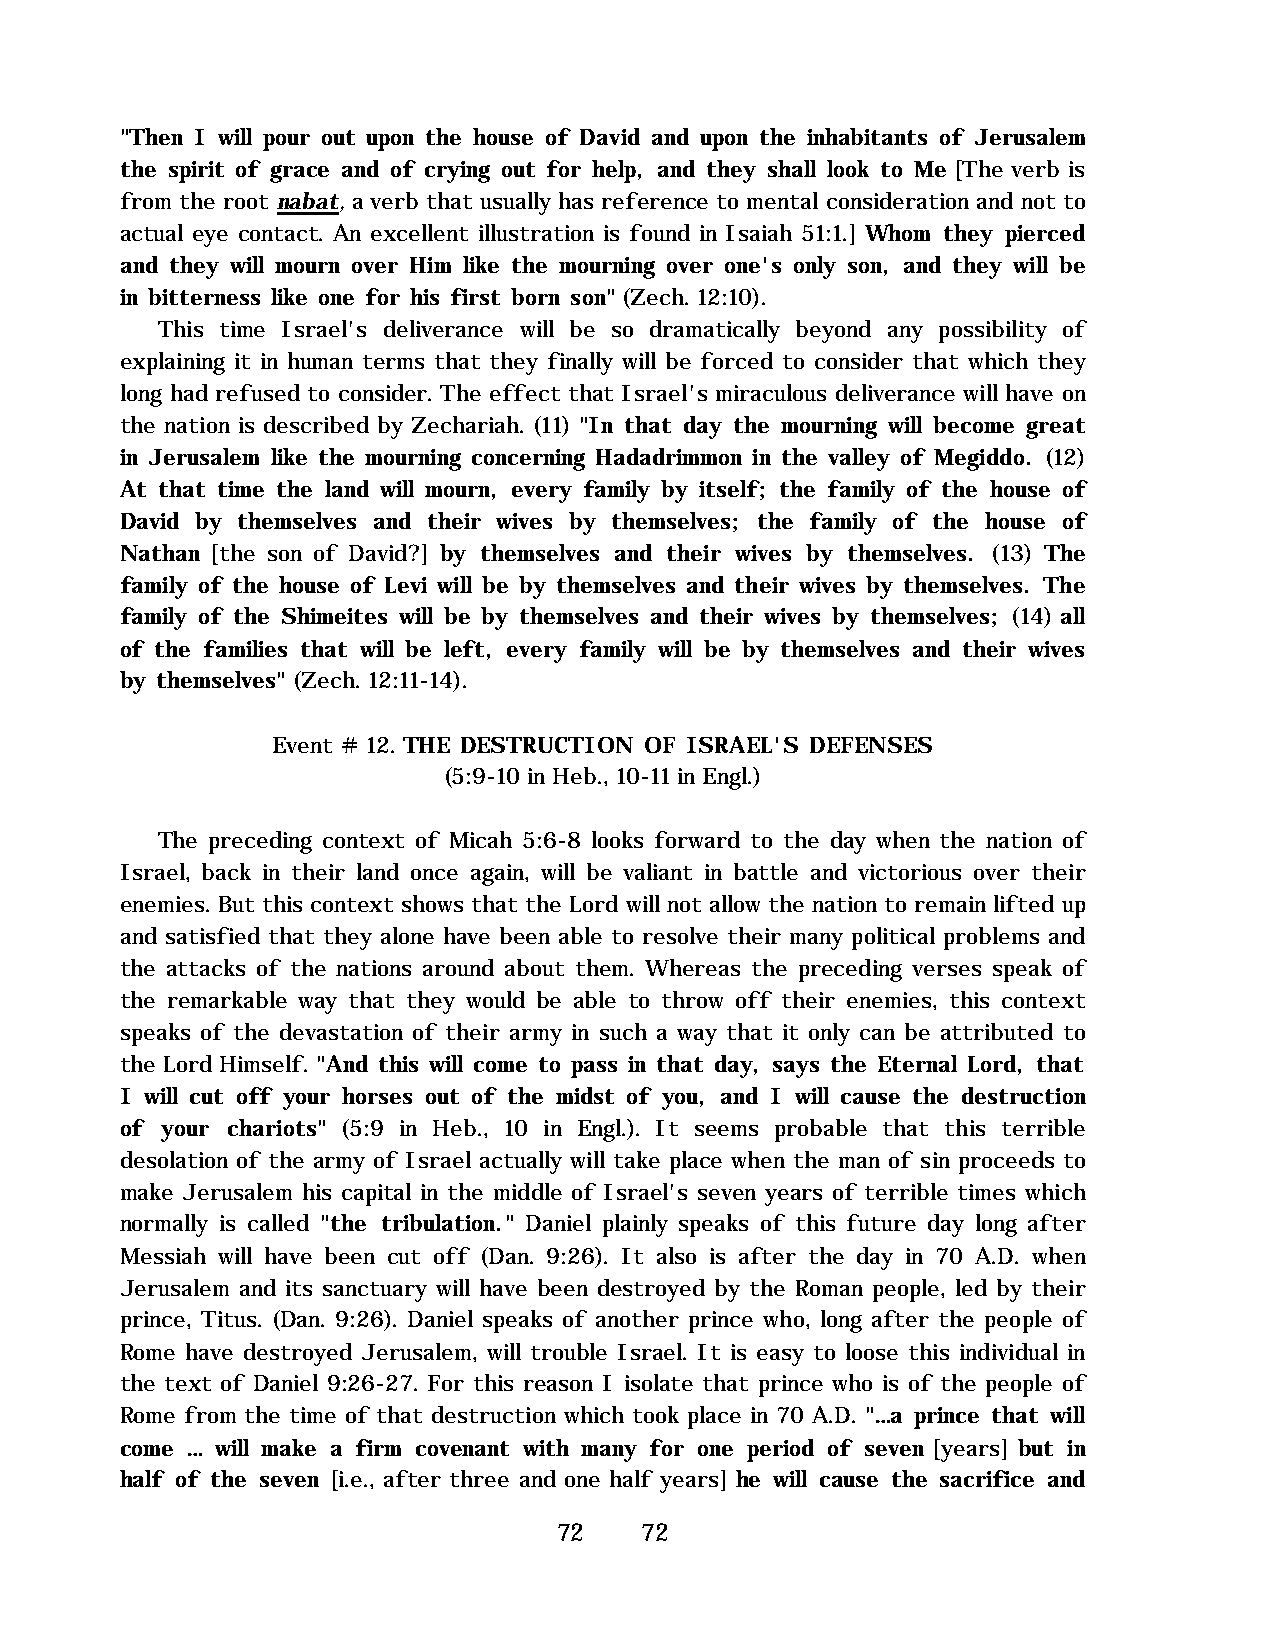
"Then I will pour out upon the house of David and upon the inhabitants of Jerusalem
 the spirit of grace and of crying out for help, and they shall look to Me [The verb is
 from the root nabat, a verb that usually has reference to mental consideration and not to
 actual eye contact. An excellent illustration is found in Isaiah 51:1.] Whom they pierced
 and they will mourn over Him like the mourning over one's only son, and they will be
 in bitterness like one for his first born son" (Zech. 12:10).
 This time Israel's deliverance will be so dramatically beyond any possibility of
 explaining it in human terms that they finally will be forced to consider that which they
 long had refused to consider. The effect that Israel's miraculous deliverance will have on
 the nation is described by Zechariah. (11) "In that day the mourning will become great
 in Jerusalem like the mourning concerning Hadadrimmon in the valley of Megiddo. (12)
 At that time the land will mourn, every family by itself; the family of the house of
 David by themselves and their wives by themselves; the family of the house of
 Nathan [the son of David?] by themselves and their wives by themselves. (13) The
 family of the house of Levi will be by themselves and their wives by themselves. The
 family of the Shimeites will be by themselves and their wives by themselves; (14) all
 of the families that will be left, every family will be by themselves and their wives
 by themselves" (Zech. 12:11-14).
 Event # 12. THE DESTRUCTION OF ISRAEL'S DEFENSES
 (5:9-10 in Heb., 10-11 in Engl.)
 The preceding context of Micah 5:6-8 looks forward to the day when the nation of
 Israel, back in their land once again, will be valiant in battle and victorious over their
 enemies. But this context shows that the Lord will not allow the nation to remain lifted up
 and satisfied that they alone have been able to resolve their many political problems and
 the attacks of the nations around about them. Whereas the preceding verses speak of
 the remarkable way that they would be able to throw off their enemies, this context
 speaks of the devastation of their army in such a way that it only can be attributed to
 the Lord Himself. "And this will come to pass in that day, says the Eternal Lord, that
 I will cut off your horses out of the midst of you, and I will cause the destruction
 of your chariots" (5:9 in Heb., 10 in Engl.). It seems probable that this terrible
 desolation of the army of Israel actually will take place when the man of sin proceeds to
 make Jerusalem his capital in the middle of Israel's seven years of terrible times which
 normally is called "the tribulation." Daniel plainly speaks of this future day long after
 Messiah will have been cut off (Dan. 9:26). It also is after the day in 70 A.D. when
 Jerusalem and its sanctuary will have been destroyed by the Roman people, led by their
 prince, Titus. (Dan. 9:26). Daniel speaks of another prince who, long after the people of
 Rome have destroyed Jerusalem, will trouble Israel. It is easy to loose this individual in
 the text of Daniel 9:26-27. For this reason I isolate that prince who is of the people of
 Rome from the time of that destruction which took place in 70 A.D. "…a prince that will
 come … will make a firm covenant with many for one period of seven [years] but in
 half of the seven [i.e., after three and one half years] he will cause the sacrifice and
 72   72